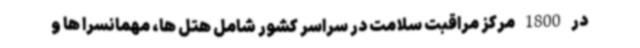
در 1800 مرکز مراقبت سلامت در سراسر کشور شامل هتل ها، مهمانسرا ها و